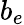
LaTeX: b_{e}